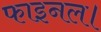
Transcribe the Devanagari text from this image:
फाइनल।